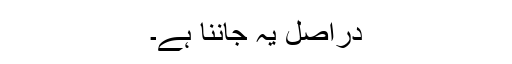
دراصل یہ جاننا ہے۔